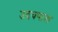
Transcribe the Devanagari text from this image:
उदयपाल